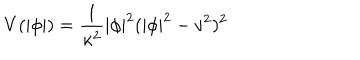
LaTeX: V ( | \phi | ) = \frac { 1 } { \kappa ^ { 2 } } | \phi | ^ { 2 } ( | \phi | ^ { 2 } - v ^ { 2 } ) ^ { 2 }